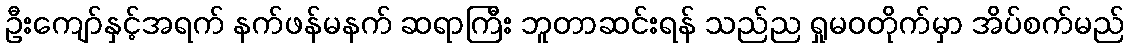
ဦးကျော်နှင့်အရက် နက်ဖန်မနက် ဆရာကြီး ဘူတာဆင်းရန် သည်ည ရှုမဝတိုက်မှာ အိပ်စက်မည်